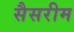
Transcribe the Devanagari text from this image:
सैसरीम